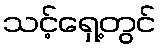
သင့်ရှေ့တွင်